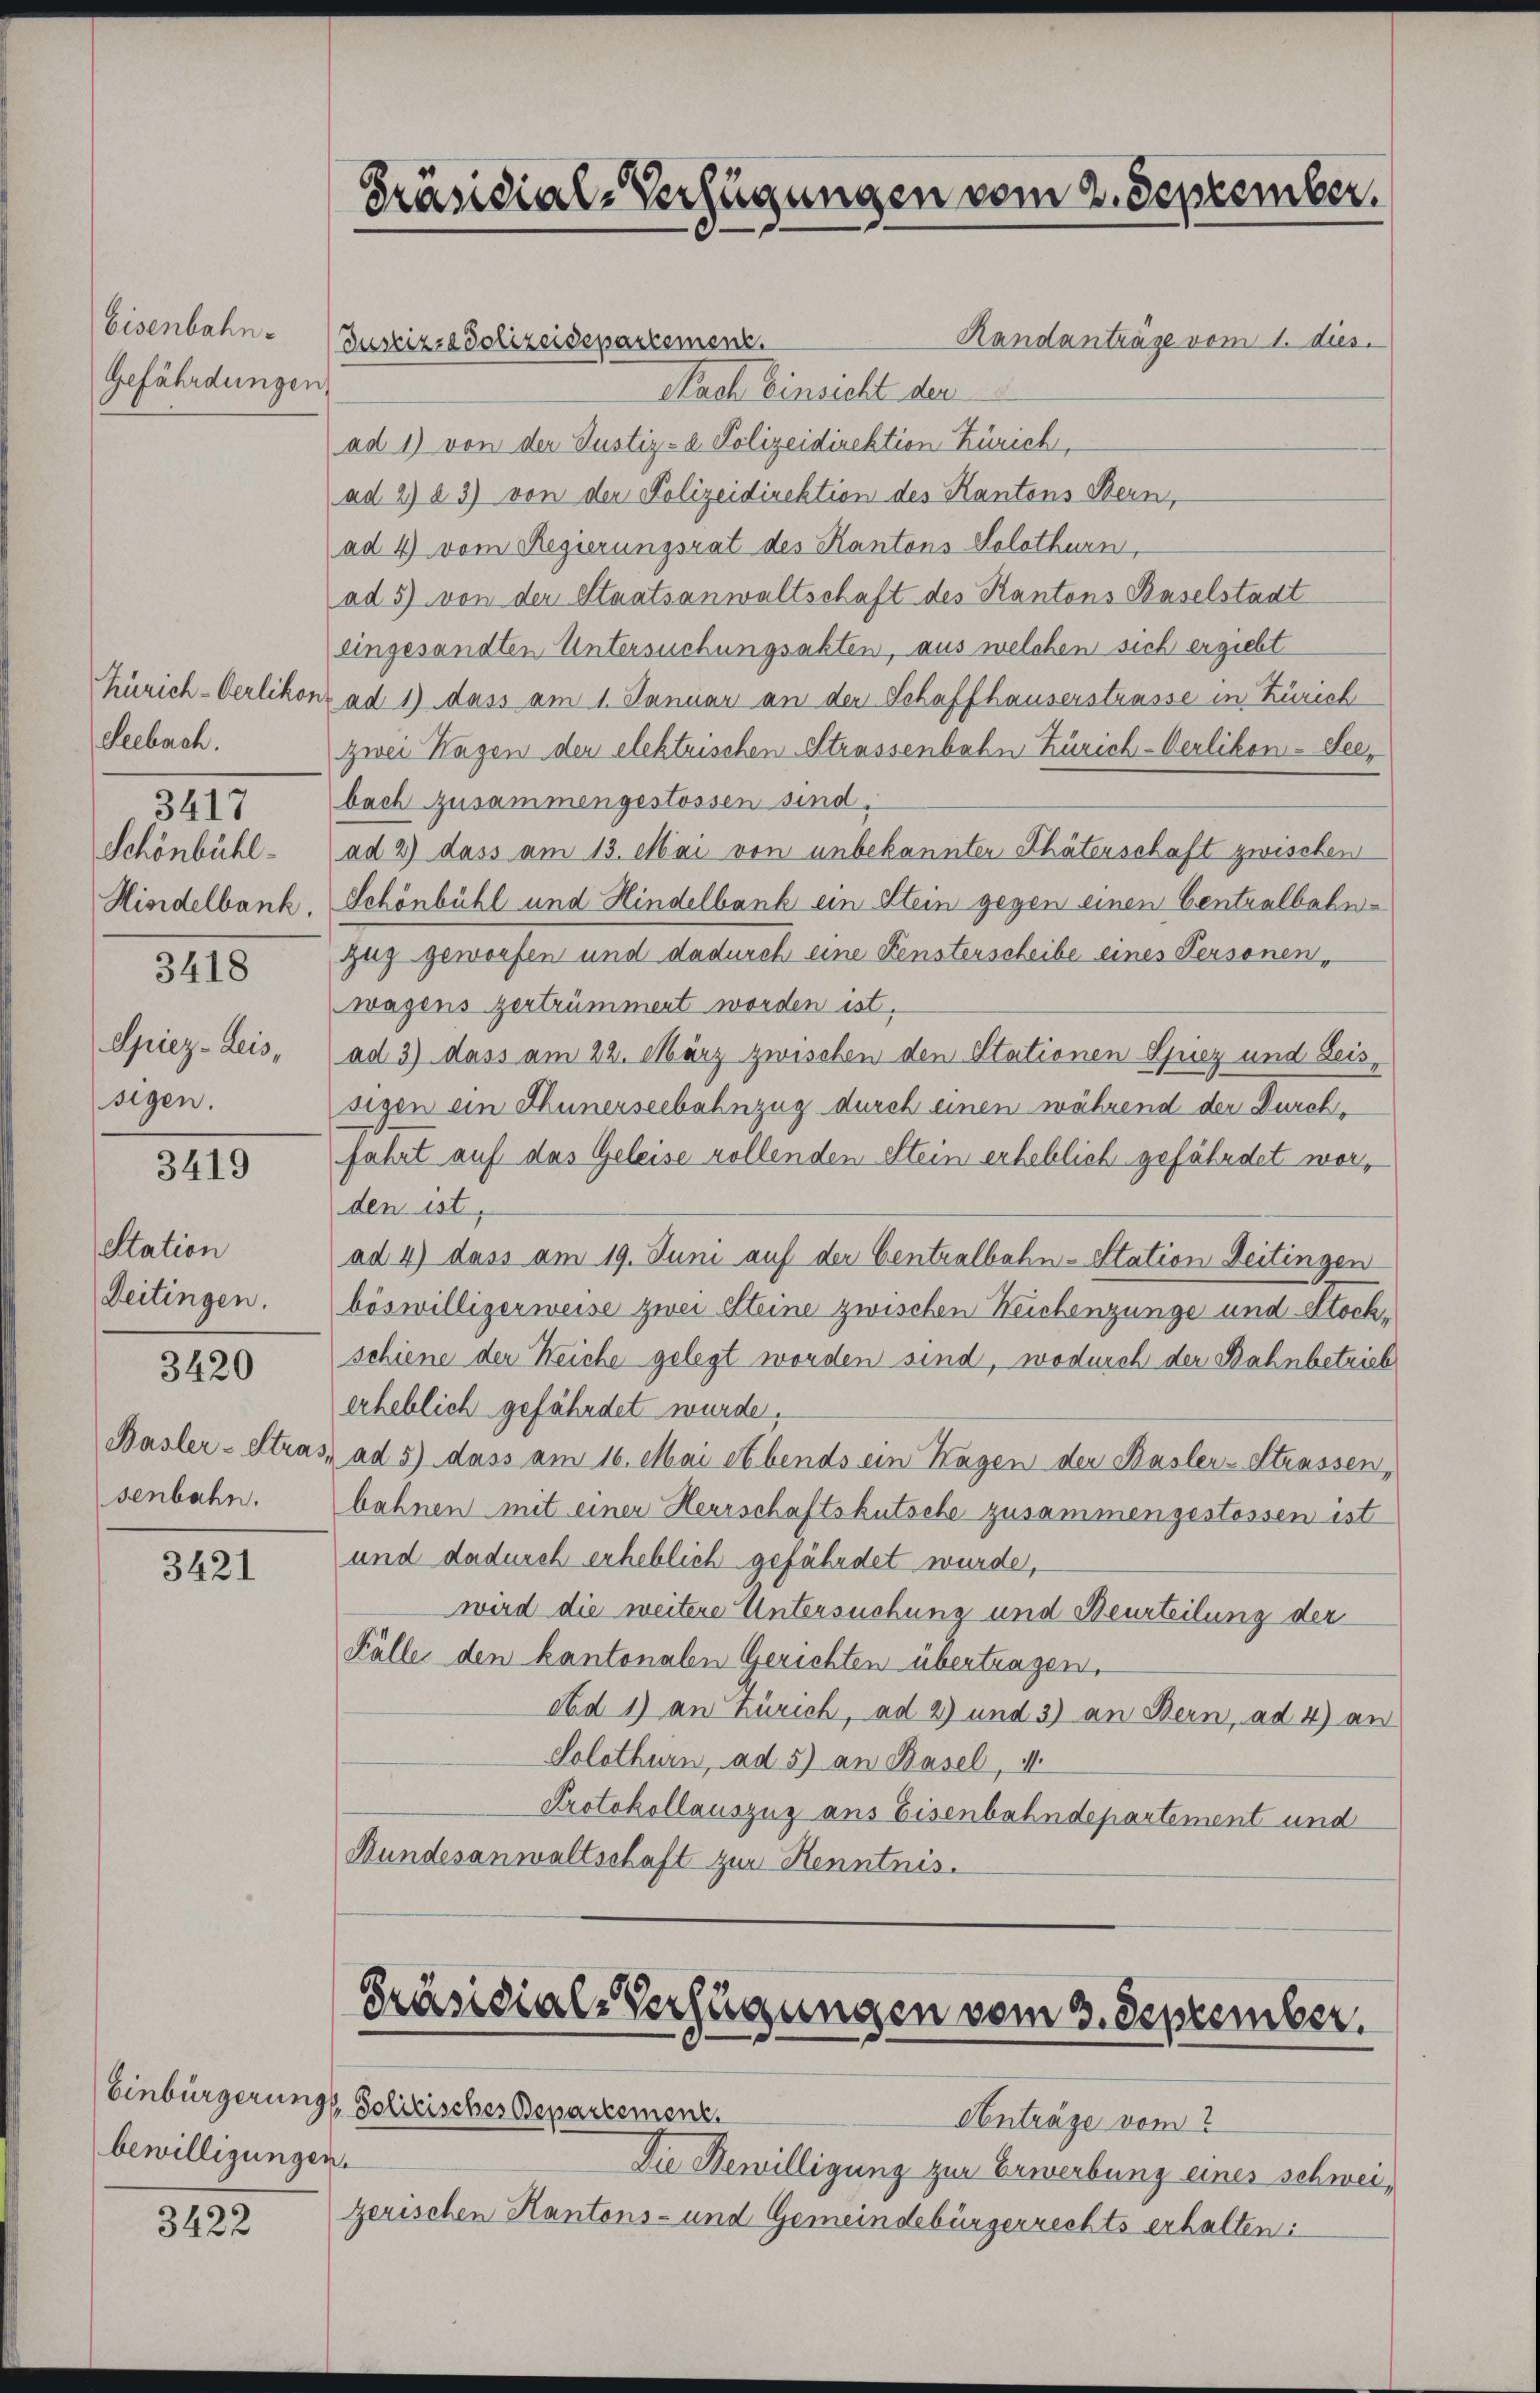
Eisenbahn.
Gefährdungen

Seebach.
Schönbühl
3418
Spiez- Leis,
sigen.

3417

3419

Station
Deitingen.

3420

senbahn.

3421

bewilligungen.

3422

Präsidial-Verfügungen vom 2. September.

Randanträge vom 1. dies
Justiz- & Polizeidepartement.
Nach Einsicht der
ad 1) von der Justiz- u. Polizeidirektion Zürich,
ad 2) § 3) von der Polizeidirektion des Kantons Bern,
ad 4) vom Regierungsrat des Kantons Solothurn,
ad 5) von der Staatsanwaltschaft des Kantons Baselstadt
eingesandten Untersuchungsakten, aus welchen sich ergiebt
Zürich-Oerlikon ad 1) dass am 1. Januar an der Schaffhauserstrasse in Zürich
zwei Hagen der elektrischen Strassenbahn Zürich-Verlikon-Seebach zusammengestossen sind.
ad 2) dass am 13. Mai von unbekannten Thäterschaft zwischen
Hindelbank. Schönbühl und Hindelbank ein Stein gegen einen Centralbahnzug geworfen und dadurch eine Fensterscheibe eines Personen,
wagens zertrümmert worden ist,
ad 3) dass am 22. März zwischen den Stationen Spiez und Leissigen ein Thunerseebahnzug durch einen während der Durchfahrt auf das Geleise vollenden Stein erheblich gefährdet worden ist,
ad 4) dass am 19. Juni auf der Centralbahn-Station Seitingen
böswilligerweise zwei Steine zwischen Weichenzunge und Stockschiene der Reiche gelegt worden sind, wodurch der Bahnbetrieb
erheblich gefährdet wurde.
Basler-Stras, ad 5) dass am 16. Mai et bends ein Hagen der Kasler-Strassen,
bahnen mit einer Herrschaftskutsche zusammengestossen ist
und dadurch erheblich gefährdet wurde,
wird die weitere Untersuchung und Beurteilung der
Fälle den kantonalen Gerichten übertragen.
obd 1) an Zürich, ad 2) und 3) an Bern, ad 4) an
Solothurn, ad 5) an Basel, 1
Protokollauszug aus Eisenbahndepartement und
Bundesanwaltschaft zur Kenntnis.

Präsidial-Verfügungen vom 3. September.

Einbürgerungs Politisches Departement.
Anträge vom 2
Die Bewilligung zur Erwerbung eines schweizerischen Kantons- und Gemeindebürgerrechts erhalten: